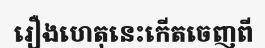
រឿងហេតុនេះកើតចេញពី